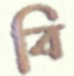
বি